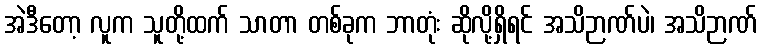
အဲဒီတော့ လူက သူတို့ထက် သာတာ တစ်ခုက ဘာတုံး ဆိုလို့ရှိရင် အသိဉာဏ်ပဲ၊ အသိဉာဏ်